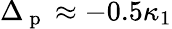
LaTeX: \Delta_{\mathrm{~p~}}\approx-0.5\kappa_{1}